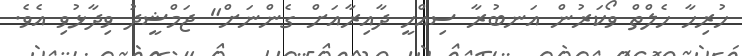
ހުރިހާ ހެލްތް ވޯކަރުން އަނބުރާ ސިއްހީ ދާއިރާއަށް ގެންނަށް" ޖަމްޝީދު ވިދާޅުވި އެވެ.